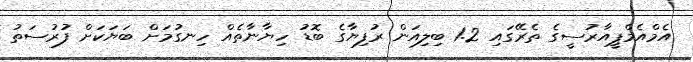
އެމްއެމްޕީއާރުސީގެ ތެރޭގައި 1.2 ބިލިއަން ރުފިޔާގެ ބޮޑު ހިޔާނާތެއް ހިނގުމަށް ބަޔަކަށް ފުރުސަތު